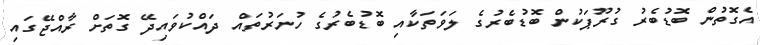
އެގޮތުން ބޮޑުބެރު ގުރޫޕަކުން ބޮޑުބެރުގެ ލަވަތަކާއި ބޮޑުބެރުގެ ހުނަރުތައް ދައްކުވައިދޭ ގޮތަށް ރާއްޖޭގައި